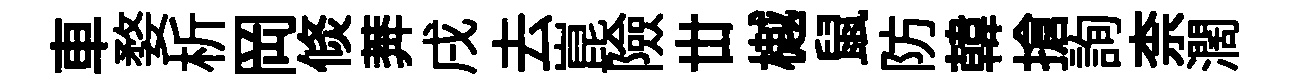
車婺析岡倐莾戌去崑險丗樾鼠防韓搶詢柰濶